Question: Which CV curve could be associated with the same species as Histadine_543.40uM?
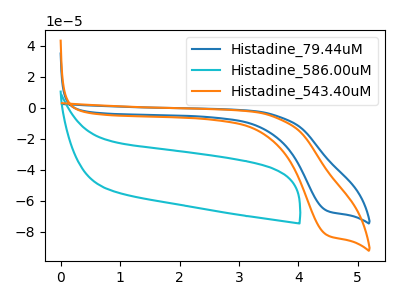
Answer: <think>The blue curve "Histadine_79.44uM" has a cathodic peak at: (4.45V, -66.10uA). The cyan curve "Histadine_586.00uM" has no peaks. The orange curve "Histadine_543.40uM" has a cathodic peak at: (4.45V, -81.70uA).
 "Histadine_79.44uM" and "Histadine_586.00uM" have a different number of peaks. All the peaks in "Histadine_79.44uM" have a peak in "Histadine_543.40uM" at the same potential. Every peak in "Histadine_79.44uM" is lower than every peak in "Histadine_543.40uM". "Histadine_586.00uM" and "Histadine_543.40uM" have a different number of peaks.</think>
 <answer>The CV with the most similar shape to "Histadine_79.44uM" is "Histadine_543.40uM".</answer>
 <eval>"Histadine_543.40uM"</eval>